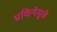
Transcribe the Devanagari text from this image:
प्रकियेमुळे